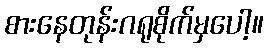
စားနေတုန်းဂရုစိုက်မှပေါ့။